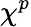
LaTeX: \chi^{p}